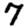
Digit: 7